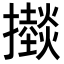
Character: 𢸱